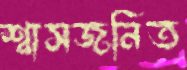
শ্বাসজনিত